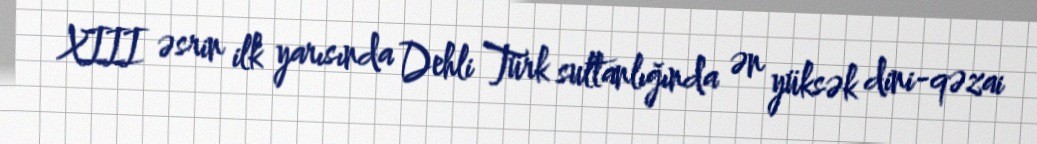
XIII əsrin ilk yarısında Dehli Türk sultanlığında ən yüksək dini-qəzai